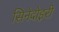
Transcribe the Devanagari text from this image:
सिनेदोइरी